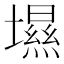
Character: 㙷